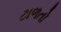
ટાળતો